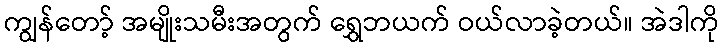
ကျွန်တော့် အမျိုးသမီးအတွက် ရွှေဘယက် ဝယ်လာခဲ့တယ်။ အဲဒါကို